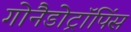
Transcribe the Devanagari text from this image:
गोनैडोट्रॉपिंस